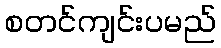
စတင်ကျင်းပမည်